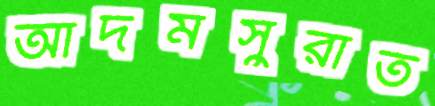
আদমসুরাত